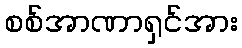
စစ်အာဏာရှင်အား